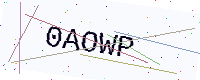
Text: 0AOWP